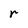
Character: r